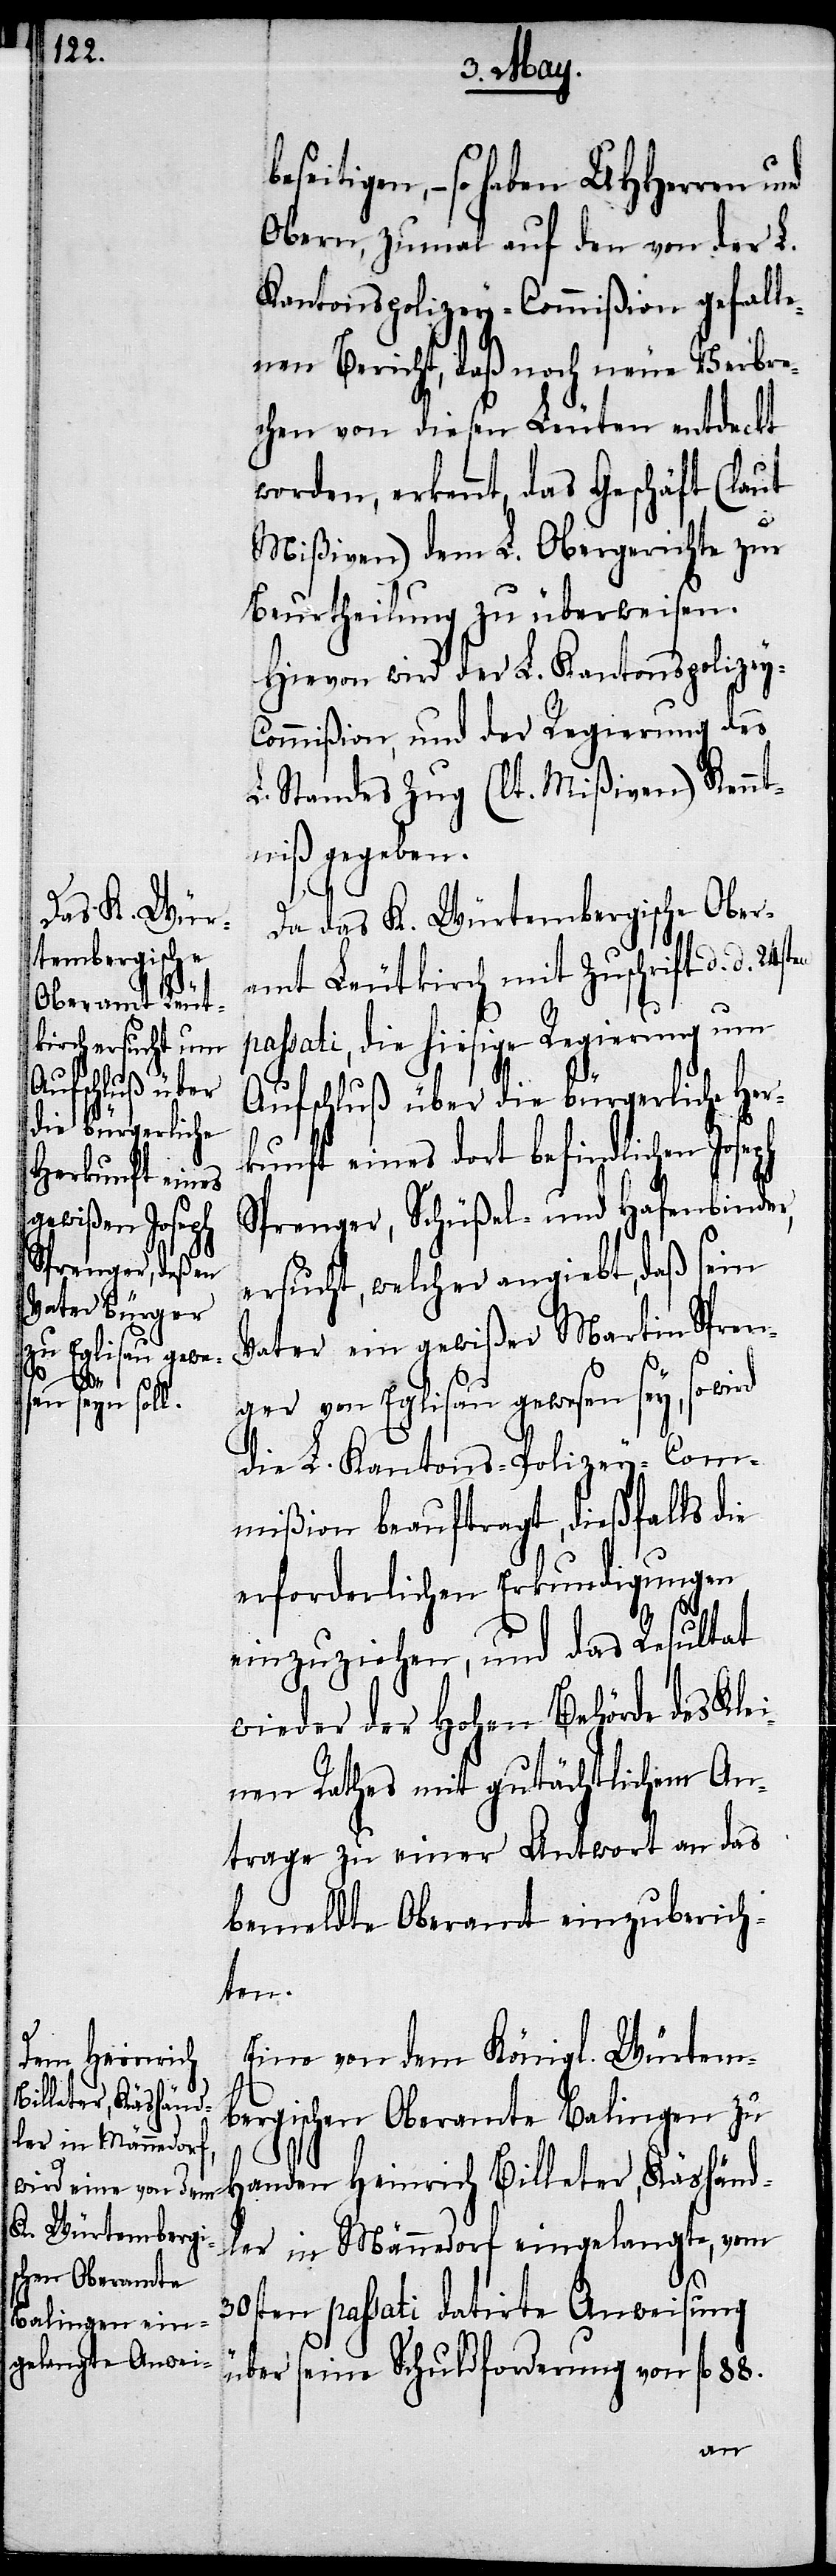
H¬

eitigen, – so haben UHHerren und
Obern, zumal auf den von der L.
Kantonspolizwey-Commißion gefalle¬
nen Bericht, daß noch neue Verbre¬
chen von diesen Leuten entdeckt
worden, erkennt, das Geschäft (laut
Mißiven) dem L. Obergerichte zur
Beurtheilung zu überweisen.
Hievon wird der L. Kantonspolizey-C¬
ommißion, und der Regierung des
L. Standes Zug Kennt¬
niß gegeben.
Da das K. Würtembergische Ober¬
amt Leutkirch mit Zuschrift d. d.
ssati, die hiesige Regierung um
Aufschluß über die bürgerliche Her¬
kunft eines dort befindlichen Joseph
Sprenger, Schüßel- und Hafenbinder,
ersucht, welcher angiebt, daß sein
Vater ein gewißer Martin Spren¬
ger von Eglisau gewesen sey, so wird
die L. Kantons-Polizey-Com¬
mißion beauftragt, dießfalls die
erforderlichen Erkundigungen
einzuziehen, und das Resultat
wieder der Hohen Behörde des Kle¬
inen Rathes mit gutächtlichem An¬
trage zu einer Antwort an das
bemeldte Oberamt einzuberich¬
ten.
Eine von dem Königl. Würtem¬
bergischen Oberamte Balingen zu
anden Heinrich Billeter, Käshänd¬
ler in Männedorf eingelangte, vom
30sten passati datirte Anweisung
über seine Schuldforderung von fl.